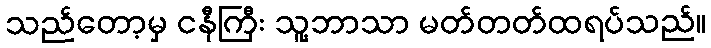
သည်တော့မှ ငနီကြီး သူ့ဘာသာ မတ်တတ်ထရပ်သည်။